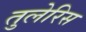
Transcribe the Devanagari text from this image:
तुलेरिस